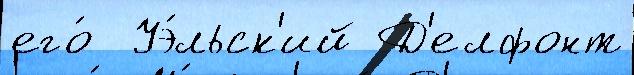
его́  Уэ́льск'ий Д'елфонт